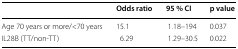
|  | Odds ratio | 95 % CI | p value |
 | --- | --- | --- | --- |
 | Age 70 years or more/<70 years | 15.1 | 1.18–194 | 0.037 |
 | IL28B (TT/non-TT) | 6.29 | 1.29–30.5 | 0.022 |